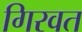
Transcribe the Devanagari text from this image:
गिरवत